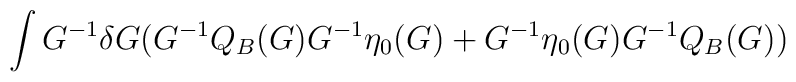
\int G^{-1}\delta G (G^{-1}Q_B(G)G^{-1}\eta_0(G)+G^{-1}\eta_0(G)G^{-1}Q_B(G))